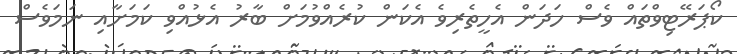
ކޯޕަރޭޓިވްތައް ވެސް ހަދަން އެހީތެރިވެ އެކަން ކުރެއްވުމަށް ބާރު އެޅުއްވި ކަމަށާއި ނަމަވެސް